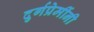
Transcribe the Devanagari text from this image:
दुर्गप्रेमींनी